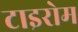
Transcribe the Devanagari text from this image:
टाइरोम